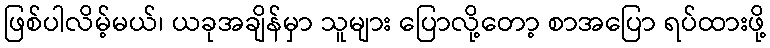
ဖြစ်ပါလိမ့်မယ်၊ ယခုအချိန်မှာ သူများ ပြောလို့တော့ စာအပြော ရပ်ထားဖို့